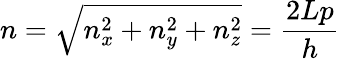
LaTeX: n={\sqrt{n_{x}^{2}+n_{y}^{2}+n_{z}^{2}}}={\frac{2Lp}{h}}